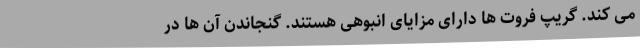
می کند. گریپ فروت ها دارای مزایای انبوهی هستند. گنجاندن آن ها در